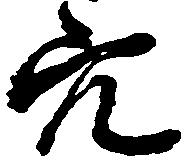
穴